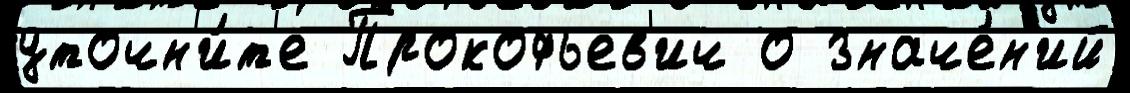
уточн'и́т'е Прокофьев'ич о значе́н'ий